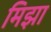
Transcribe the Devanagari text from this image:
मिझा